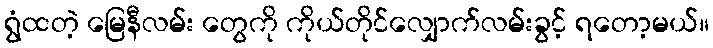
ရွံထတဲ့ မြေနီလမ်း တွေကို ကိုယ်တိုင်လျှောက်လမ်းခွင့် ရတော့မယ်။